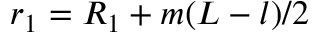
r _ { 1 } = R _ { 1 } + m ( L - l ) / 2